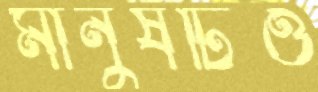
মানুষটিও